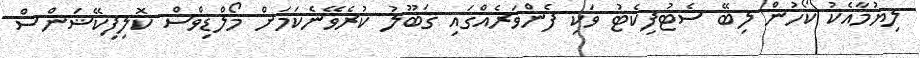
ލިޔުމާއެކު ކޯހުން ލިބޭ ސެޓުފިކެޓު ވަކި ފެންވަރެއްގައި ޤަބޫލު ކުރެވޭނެކަމަށް މޯލްޑިވްސް ކޮލިފިކޭޝަންސް